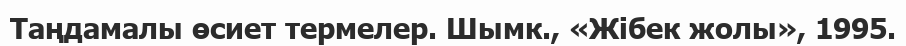
Таңдамалы өсиет термелер. Шымк., «Жібек жолы», 1995.